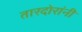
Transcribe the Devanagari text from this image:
तारदोरांनी